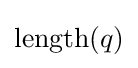
{\textrm {length}}(q)